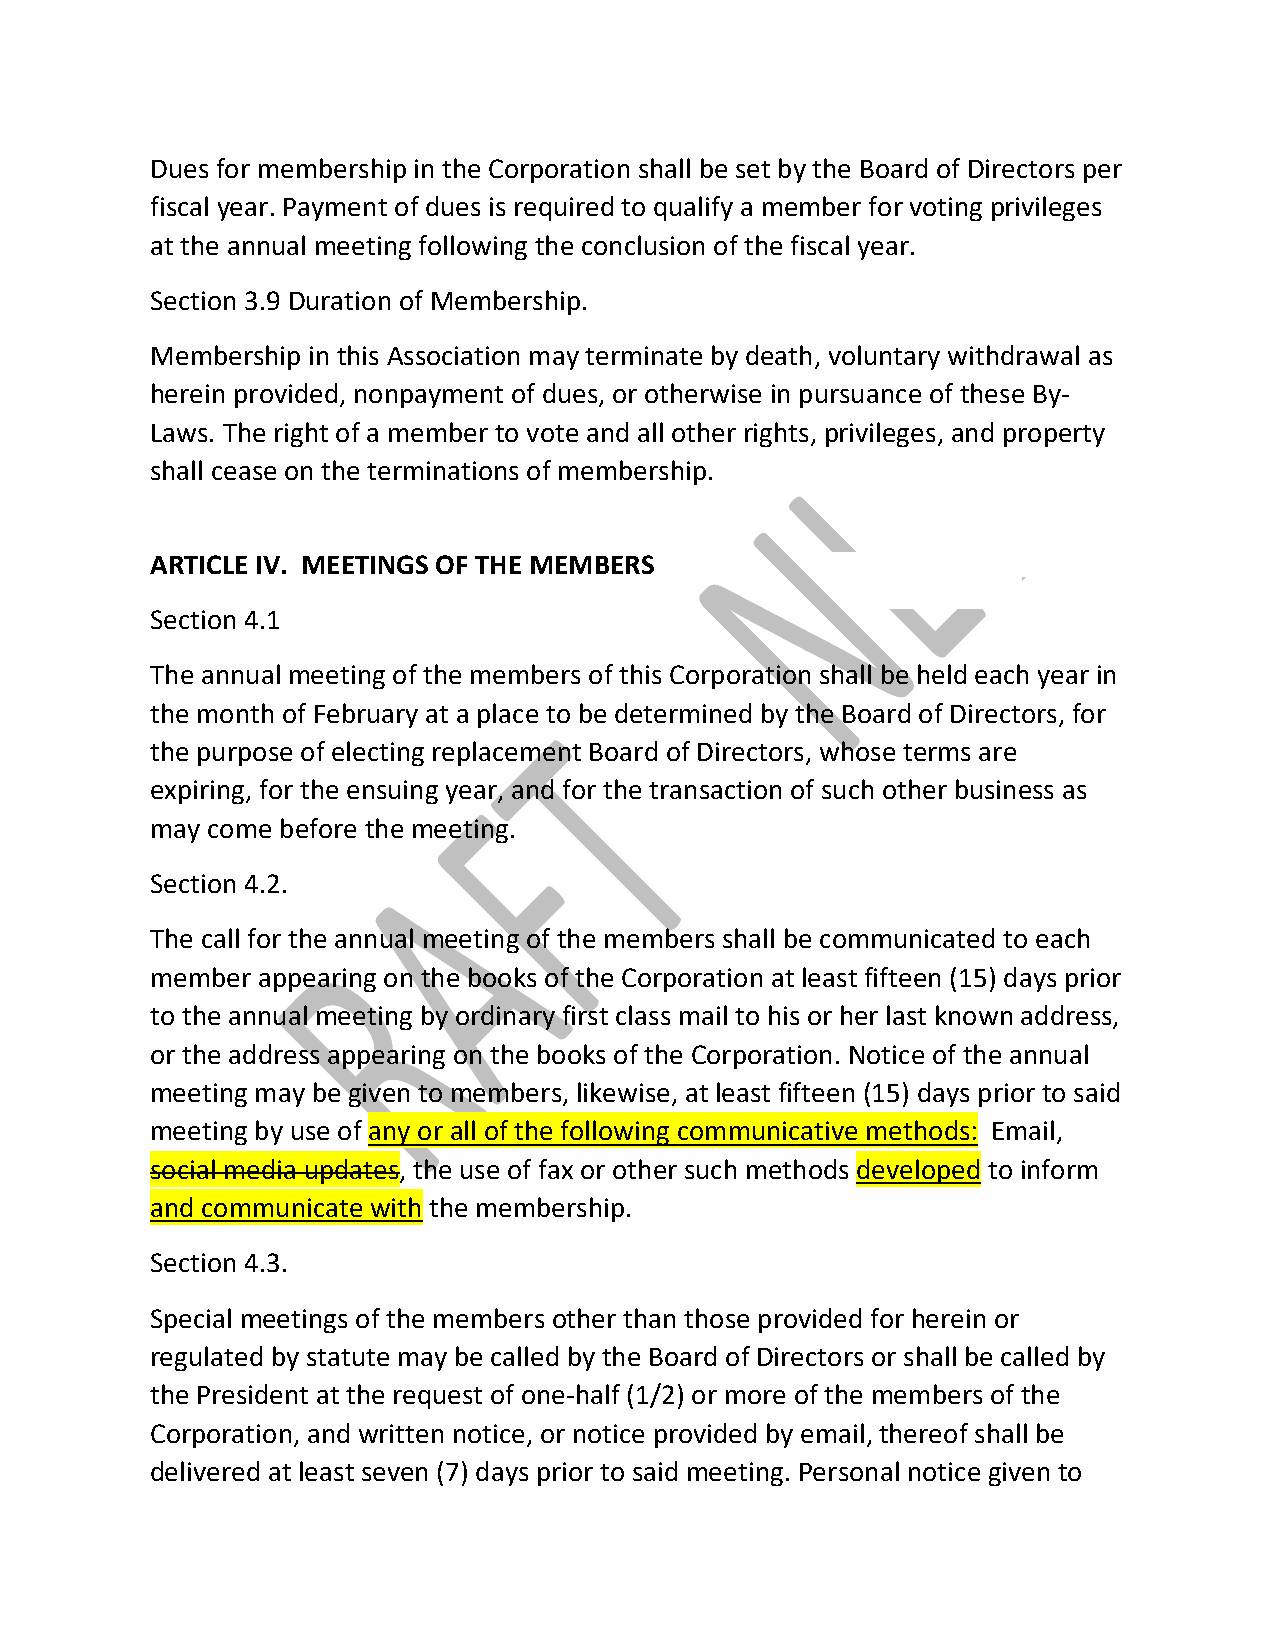
Dues for membership in the Corporation shall be set by the Board of Directors per
 fiscal year. Payment of dues is required to qualify a member for voting privileges
 at the annual meeting following the conclusion of the fiscal year.
 Section 3.9 Duration of Membership.
 Membership in this Association may terminate by death, voluntary withdrawal as
 herein provided, nonpayment of dues, or otherwise in pursuance of these By‐
 Laws. The right of a member to vote and all other rights, privileges, and property
 shall cease on the terminations of membership.
 ARTICLE IV. MEETINGS OF THE MEMBERS
 Section 4.1
 The annual meeting of the members of this Corporation shall be held each year in
 the month of February at a place to be determined by the Board of Directors, for
 the purpose of electing replacement Board of Directors, whose terms are
 expiring, for the ensuing year, and for the transaction of such other business as
 may come before the meeting.
 Section 4.2.
 The call for the annual meeting of the members shall be communicated to each
 member appearing on the books of the Corporation at least fifteen (15) days prior
 to the annual meeting by ordinary first class mail to his or her last known address,
 or the address appearing on the books of the Corporation. Notice of the annual
 meeting may be given to members, likewise, at least fifteen (15) days prior to said
 meeting by use of any or all of the following communicative methods: Email,
 social media updates, the use of fax or other such methods developed to inform
 and communicate with the membership.
 Section 4.3.
 Special meetings of the members other than those provided for herein or
 regulated by statute may be called by the Board of Directors or shall be called by
 the President at the request of one‐half (1/2) or more of the members of the
 Corporation, and written notice, or notice provided by email, thereof shall be
 delivered at least seven (7) days prior to said meeting. Personal notice given to